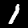
Label: 1